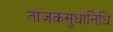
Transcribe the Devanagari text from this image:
ताजकसुधानिधि